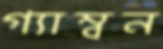
গ্যাম্বন